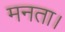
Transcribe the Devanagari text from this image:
मनता।